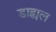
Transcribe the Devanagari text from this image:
डाह्यल